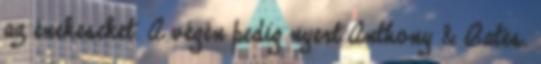
az énekeseket. A végén pedig nyert Anthony & Bates.